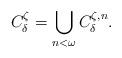
LaTeX: \begin{align*}C^\zeta_{\delta} = \bigcup\limits_{n < \omega} C^{\zeta,n}_{\delta}.\end{align*}